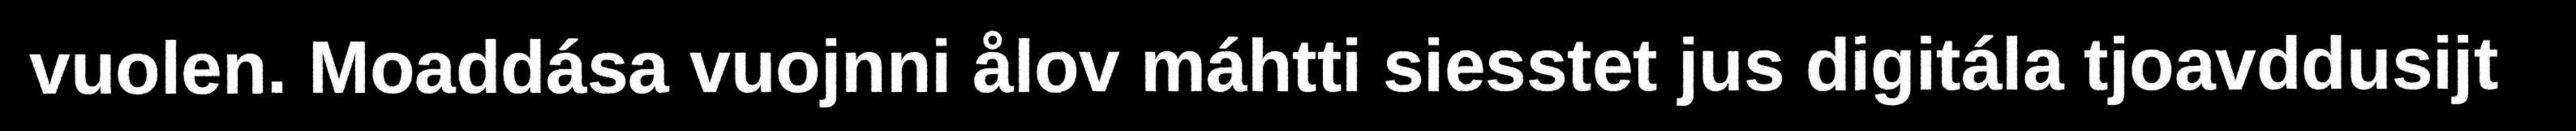
vuolen. Moaddása vuojnni ålov máhtti siesstet jus digitála tjoavddusijt